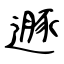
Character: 遯